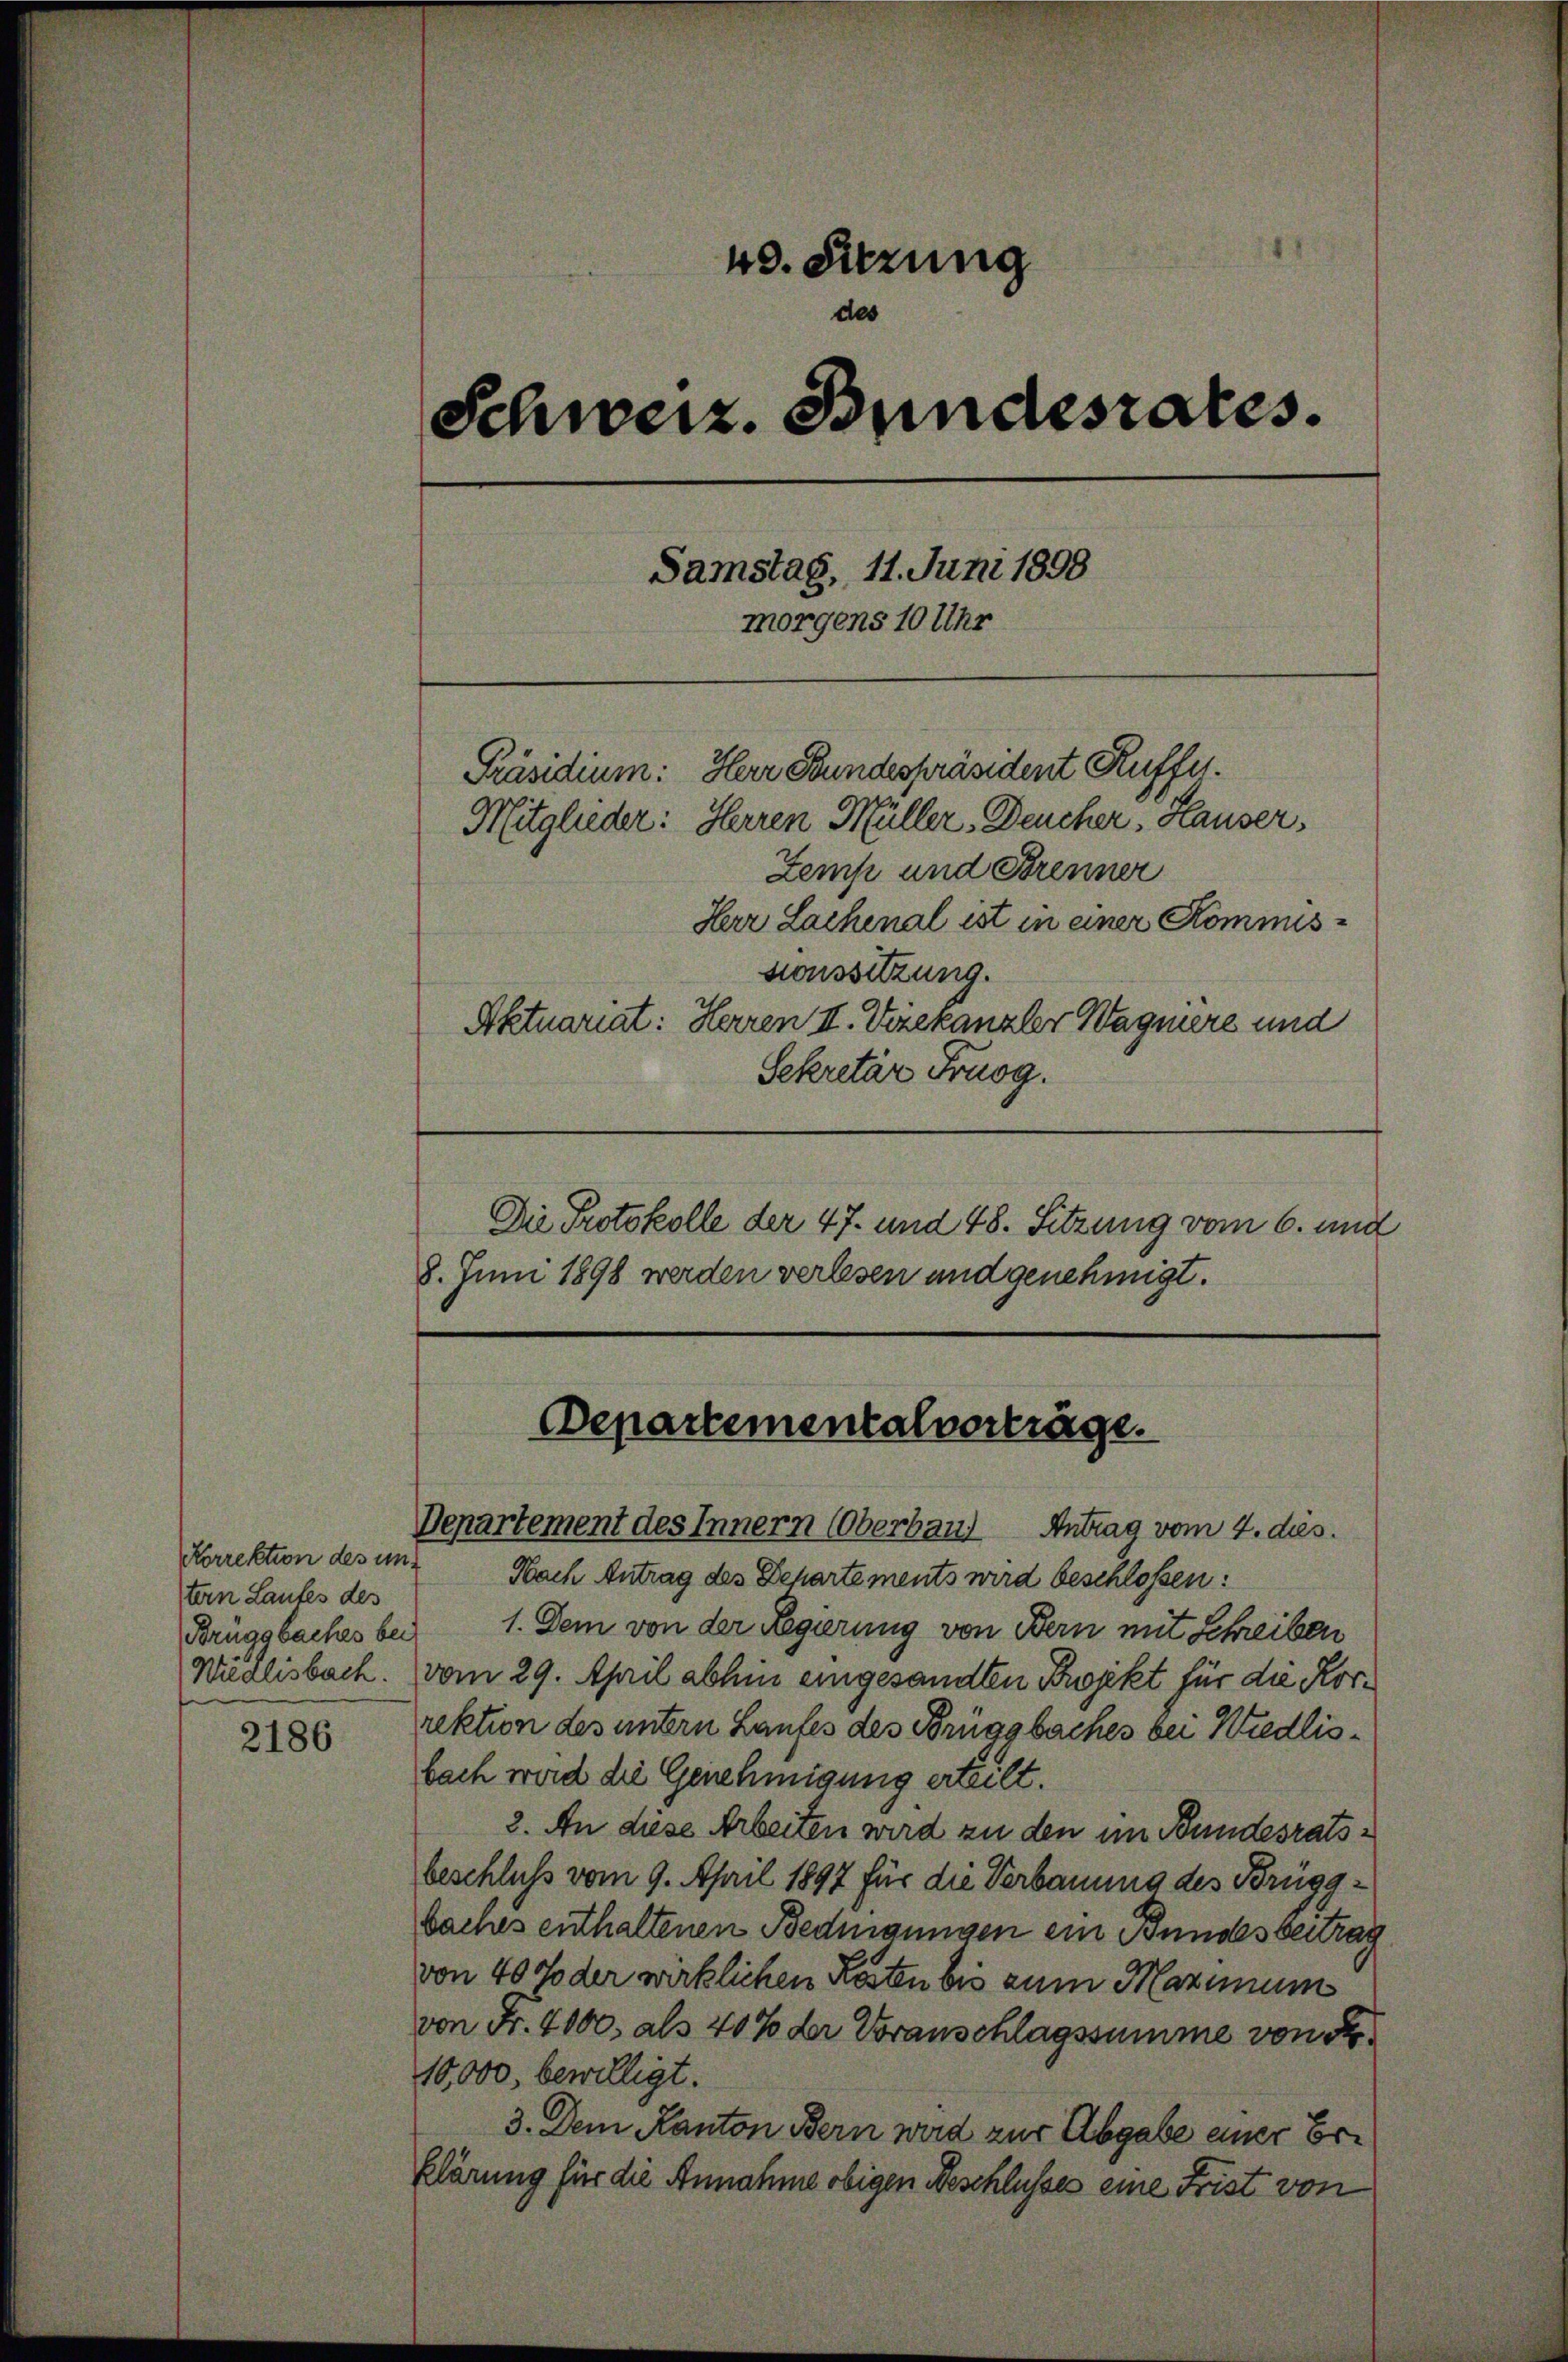
Korrektion des und
tern Laufes des

2186

40. Sitzung
des
Schweiz. Bundesrates.
Samstag, 11. Juni 1898
morgens 10 Uhr
Herr Bundespräsident Kuffel.
Präsidium:
Mitglieder: Herren Müller, Deucher, Hauser,
Zemp und Brenner
Herr Lachenal ist in einer Kommissionssitzung.
Aktuariat: Herren II. Vizekanzler Wagnere und
Sekretär Fruog.

Die Protokolle der 47. und 48. Sitzung vom 6. und
8. Juni 1898 werden verlesen und genehmigt.

Denartement des Innern (Oberbaus Antrag vom 2. dies.
Nach Antrag des Departements wird beschlossen:
Bruggbaches bei 1. Dem von der Regierung von Bern mit Schreiben
Wiedlisbach. vom 29. April abhin eingesandten Projekt für die Korrektion des untern Laufes des Brüggbaches bei Wiedlisbach wird die Genehmigung erteilt.
2. An diese Arbeiten wird zu den im Bundesratsbeschluß vom 9. April 1897 für die Verbauung des Brügg¬
Saches enthaltenen Bedingungen ein Bundesbeitrag
von 40 % der wirklichen Kosten bis zum Maximum
von Fr. 4000. als 40% der Voranschlagssumme von Fr.
10,000, bewilligt.
3. Dem Kanton Bern wird zur Abgabe einer Erklärung für die Annahme obigen Beschlusses eine Frist von

Departementalverträge.